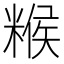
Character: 糇